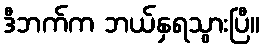
ဒီဘက်က ဘယ်နှရသွားပြီ။